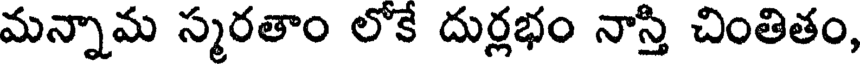
మన్నామ స్మరతాం లోకే దుర్లభం నాస్తి చింతితం,